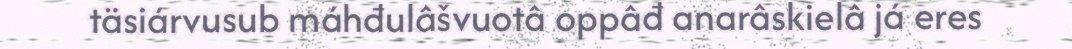
täsiárvusub máhđulâšvuotâ oppâđ anarâskielâ já eres